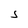
Character: S